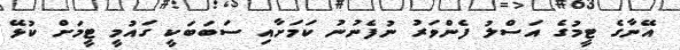
އޭނާގެ ޓީމުގެ އަސްލު ފެންވަރު ނުފެނުނު ކަމަށާއި ސަބަބަކީ ގައުމީ ޓީމަށް ކުޅޭ